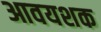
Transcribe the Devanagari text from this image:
आवयशक